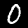
Label: 0